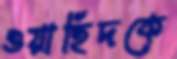
ওয়াহিদকে